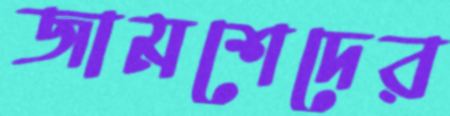
জামশেদের